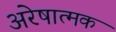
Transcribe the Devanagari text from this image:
अरेषात्मक